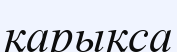
қарықса